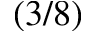
( 3 / 8 )